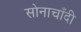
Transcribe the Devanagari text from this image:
सोनाचाँदी